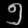
Digit: ၅